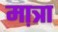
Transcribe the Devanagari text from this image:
मा़त्रा